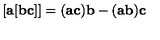
[ { \bf a } [ { \bf b c } ] ] = ( { \bf a c } ) { \bf b } - ( { \bf a b } ) { \bf c }